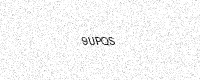
Text: 9UPQS